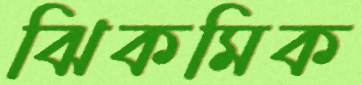
ঝিকমিক